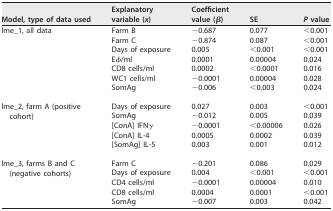
<table><thead><tr><td><b>Model, type of data used</b></td><td><b>Explanatory variable (<i>x</i>)</b></td><td><b>Coefficient value (β)</b></td><td><b>SE</b></td><td><b><i>P</i> value</b></td></tr></thead><tbody><tr><td>lme_1, all data</td><td>Farm B</td><td>−0.687</td><td>0.077</td><td>&lt;0.001</td></tr><tr><td></td><td>Farm C</td><td>−0.874</td><td>0.087</td><td>&lt;0.001</td></tr><tr><td></td><td>Days of exposure</td><td>0.005</td><td>&lt;0.001</td><td>&lt;0.001</td></tr><tr><td></td><td>Eφ/ml</td><td>0.0001</td><td>0.00004</td><td>0.024</td></tr><tr><td></td><td>CD8 cells/ml</td><td>0.0002</td><td>&lt;0.0001</td><td>0.016</td></tr><tr><td></td><td>WC1 cells/ml</td><td>−0.0001</td><td>0.00004</td><td>0.028</td></tr><tr><td></td><td>SomAg</td><td>−0.006</td><td>&lt;0.003</td><td>0.024</td></tr><tr><td rowspan="2">lme_2, farm A (positive cohort)</td><td>Days of exposure</td><td>0.027</td><td>0.003</td><td>&lt;0.001</td></tr><tr><td>SomAg</td><td>−0.012</td><td>0.005</td><td>0.039</td></tr><tr><td></td><td>[ConA] IFNγ</td><td>−0.0001</td><td>&lt;0.00006</td><td>0.026</td></tr><tr><td></td><td>[ConA] IL-4</td><td>0.0005</td><td>0.0002</td><td>0.039</td></tr><tr><td></td><td>[SomAg] IL-5</td><td>0.003</td><td>0.001</td><td>0.012</td></tr><tr><td rowspan="2">lme_3, farms B and C (negative cohorts)</td><td>Farm C</td><td>−0.201</td><td>0.086</td><td>0.029</td></tr><tr><td>Days of exposure</td><td>0.004</td><td>&lt;0.001</td><td>&lt;0.001</td></tr><tr><td></td><td>CD4 cells/ml</td><td>−0.0001</td><td>0.00004</td><td>0.010</td></tr><tr><td></td><td>CD8 cells/ml</td><td>0.0004</td><td>0.0001</td><td>&lt;0.001</td></tr><tr><td></td><td>SomAg</td><td>−0.007</td><td>0.003</td><td>0.042</td></tr></tbody></table>